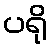
ပရို